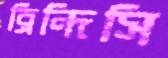
ব্রিন্দিসি